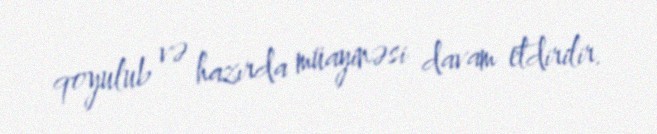
qoyulub və hazırda müayinəsi davam etdirilir.